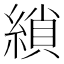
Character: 𮈲